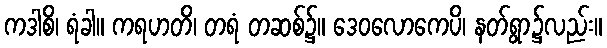
ကဒါစိ၊ ရံခါ။ ကရဟတိ၊ တရံ တဆစ်၌။ ဒေဝလောကေပိ၊ နတ်ရွာ၌လည်း။